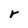
Character: r